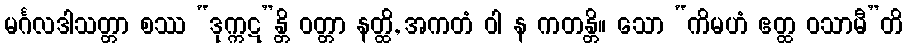
မင်္ဂလဒါသတ္တာ စဿ “ဒုက္ကဋ”န္တိ ဝတ္တာ နတ္ထိ, အကတံ ဝါ န ကတန္တိ။ သော “ကိမဟံ ဧတ္ထ ဝသာမီ”တိ